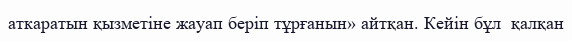
аткаратын қызметіне жауап беріп тұрғанын» айтқан. Кейін бұл  қалқан